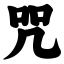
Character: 咒